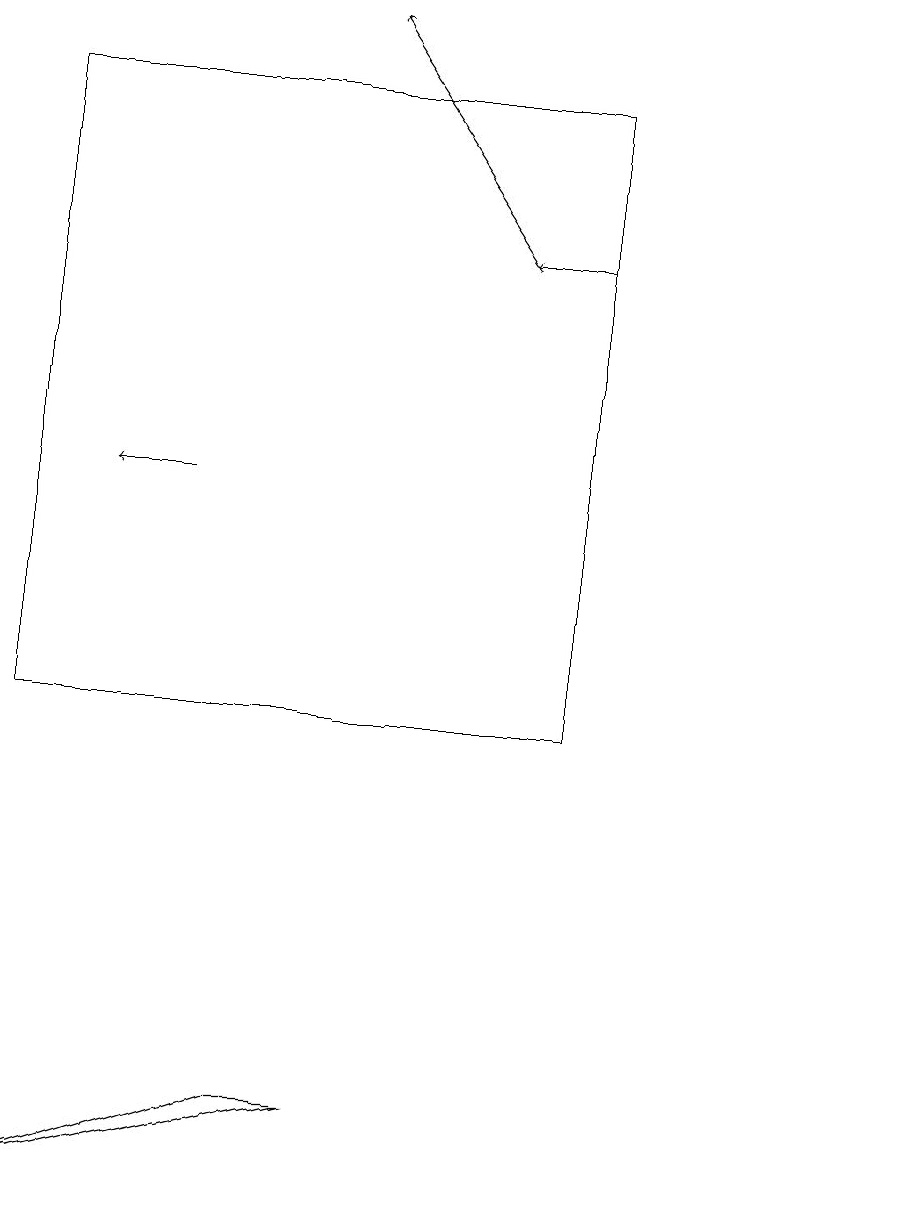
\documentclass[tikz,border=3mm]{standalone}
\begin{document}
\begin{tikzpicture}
\draw[->] (2,13) -- (1,13);
\draw (11,12) circle (0);
\draw (0,18) rectangle (7,10);
\draw[->] (7,16) -- (6,16);
\draw (0,4) -- (3,5) -- (4,5) -- cycle;
\draw[->] (6,16) -- (4,19);
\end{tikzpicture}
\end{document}